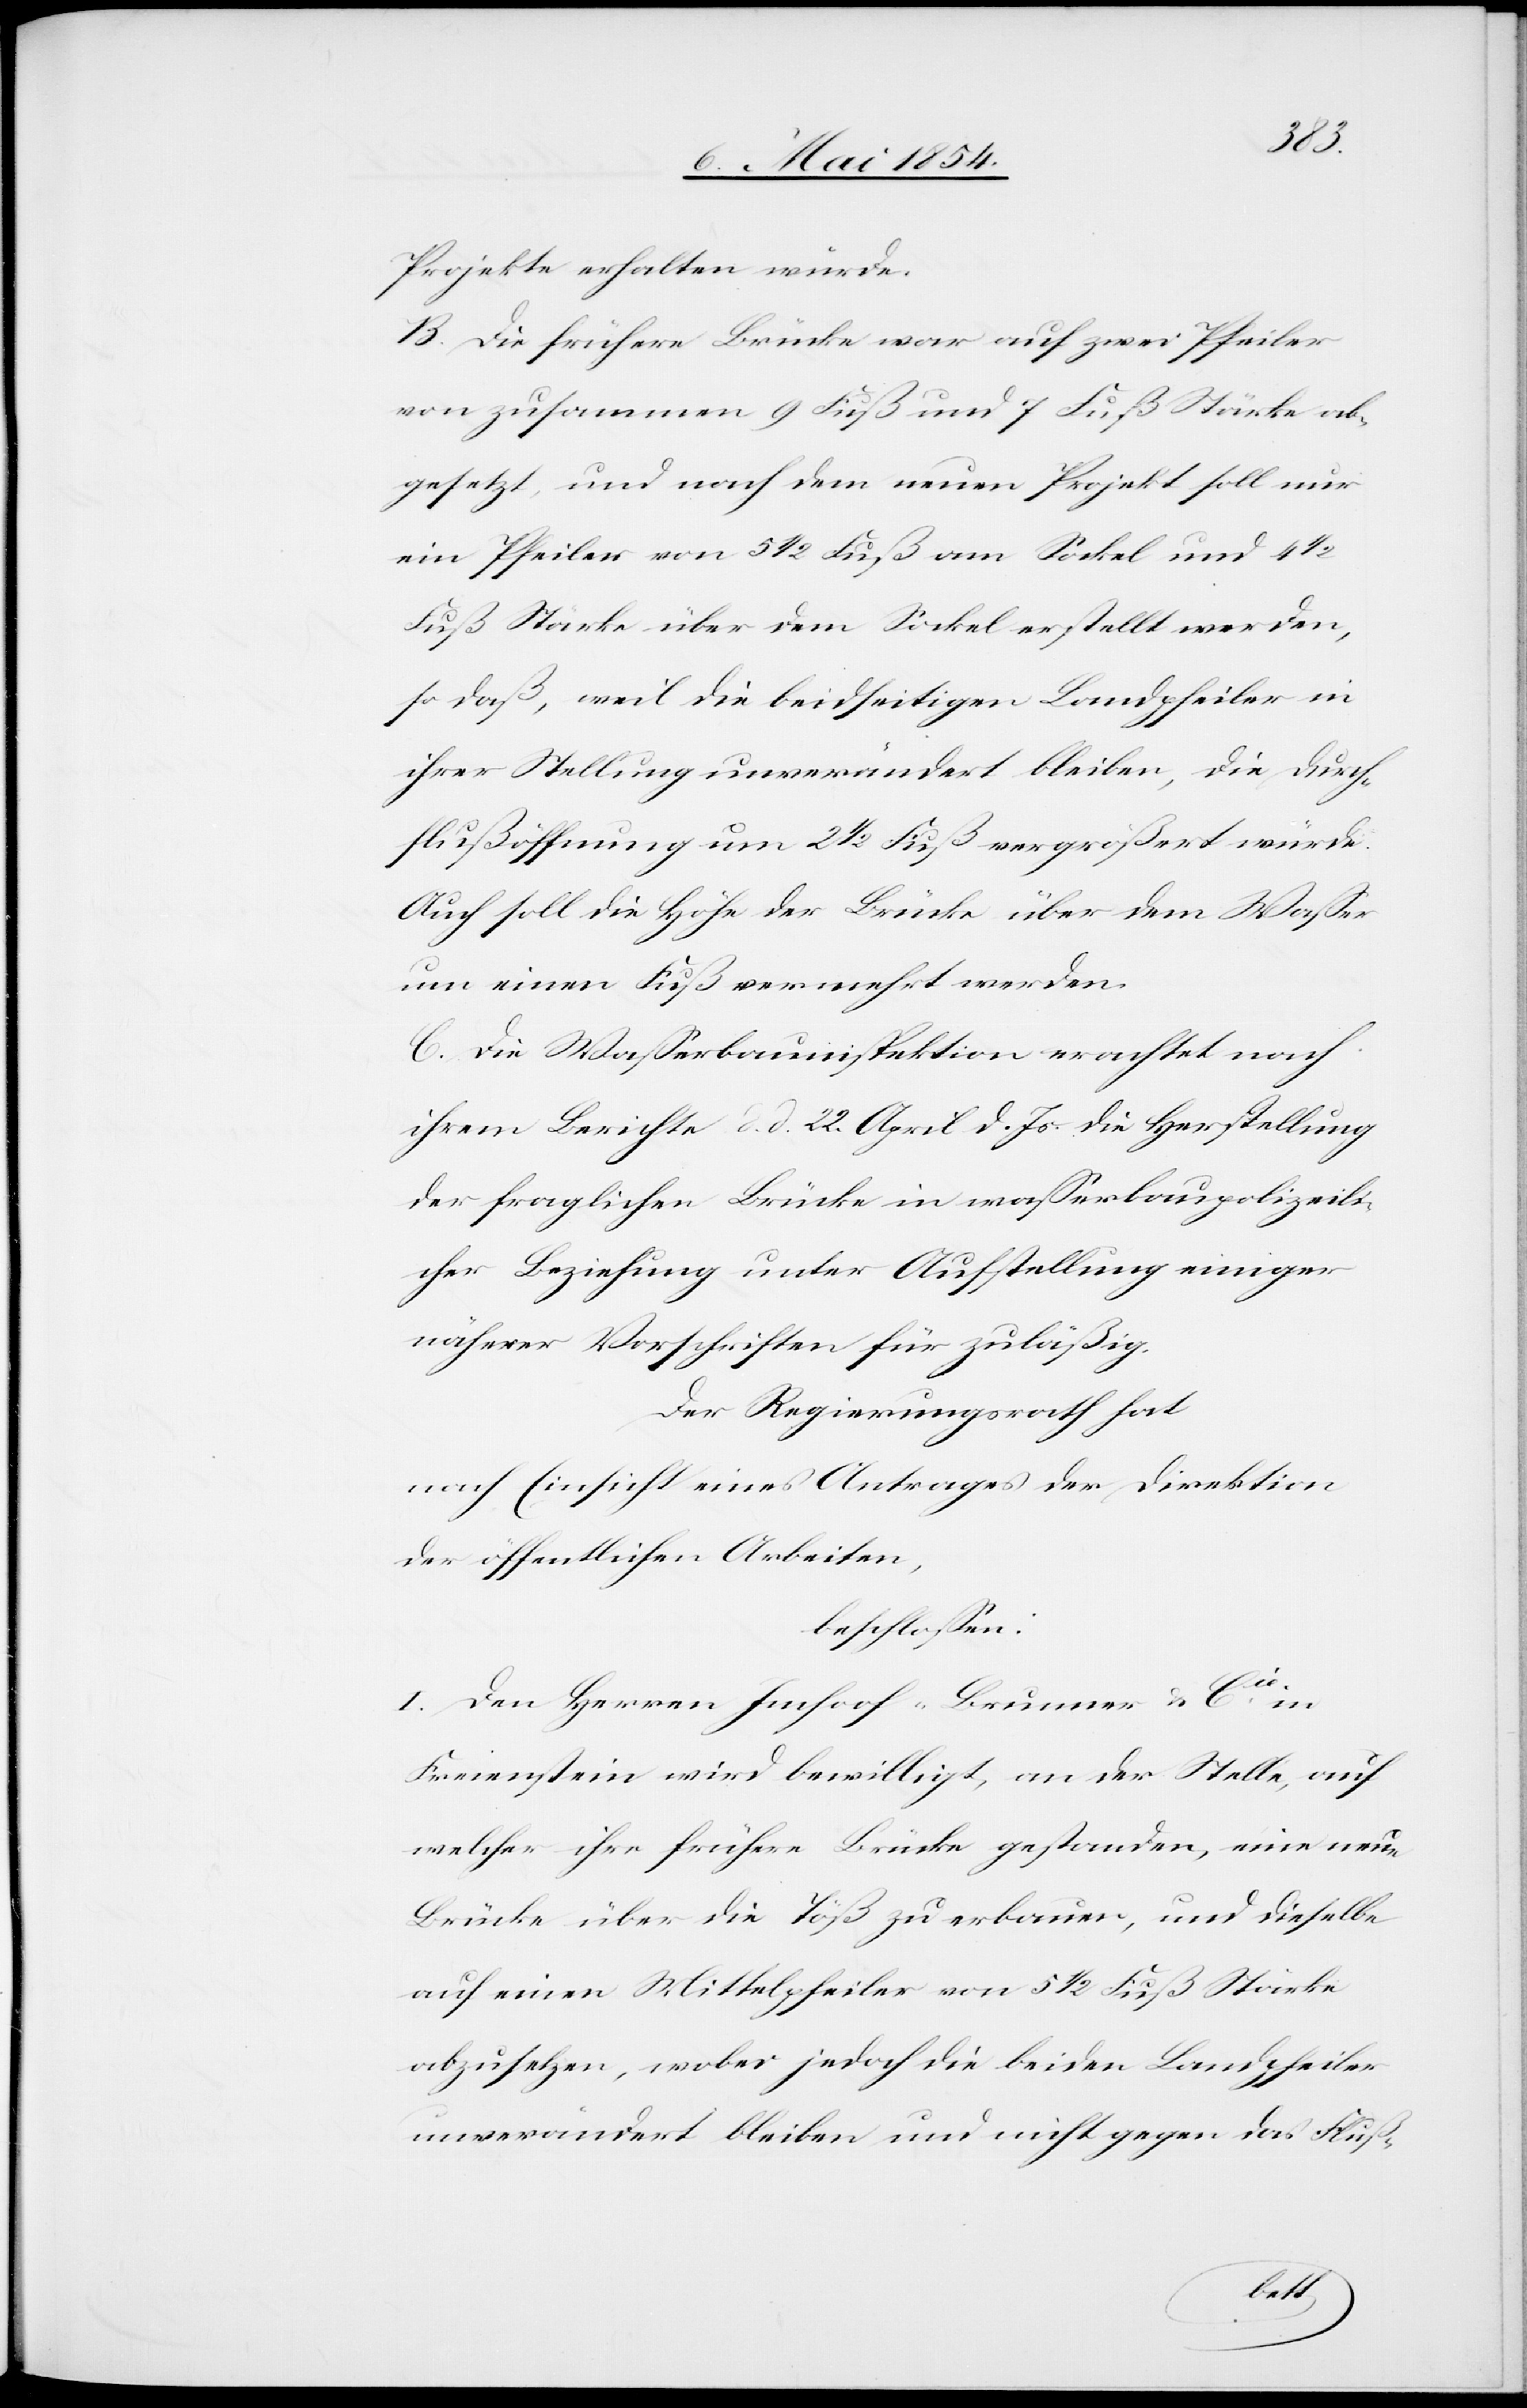
Projekte erhalten würde.
B. Die frühere Brücke war auf zwei Pfeiler
von zusammen 9 Fuß und 7 Fuß Stärke ab¬
gesetzt, und nach dem neuen Projekt soll nur
ein Pfeiler von 5 1/2 Fuß am Sockel und 4
Fuß Stärke über dem Sockel erstellt werden,
so daß, weil die beidseitigen Landpfeiler in
ihrer Stellung unverändert bleiben, die Durch¬
flußöffnung um 2 1/2 Fuß vergrößert würde.
Auch soll die Höhe der Brücke über dem Waßer
um einen Fuß vermehrt werden.
C. Die Waßerbauinspektion erachtet nach
ihrem Berichte d. d. 22. April d. Js. die Herstellung
der fraglichen Brücke in waßerbaupolizeili¬
cher Beziehung unter Aufstellung einiger
näherer Vorschriften für zuläßig.
Der Regierungsrath hat,
nach Einsicht eines Antrages der Direktion
der öffentlichen Arbeiten,
beschloßen:
I. Den Herren Imhoof-Brunner u. Cie in
Freienstein wird bewilligt, an der Stelle, auf
welcher ihre frühere Brücke gestanden, eine neue
Brücke über die Töß zu erbauen, und dieselbe
auf einen Mittelpfeiler von 5 1/2 Fuß Stärke
abzusetzen, wobei jedoch die beiden Landpfeiler
unverändert bleiben und nicht gegen das Fluß-